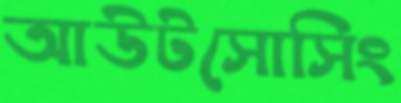
আউটসোসিং